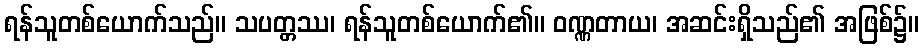
ရန်သူတစ်ယောက်သည်။ သပတ္တဿ၊ ရန်သူတစ်ယောက်၏။ ဝဏ္ဏတာယ၊ အဆင်းရှိသည်၏ အဖြစ်၌။